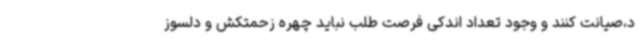
د،صیانت کنند و وجود تعداد اندکی فرصت طلب نباید چهره زحمتکش و دلسوز